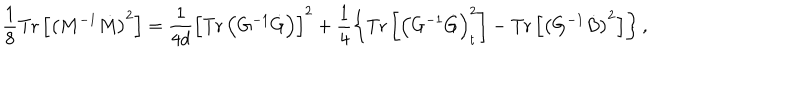
LaTeX: \frac { 1 } { 8 } \mathrm { T r } \left[ \left( M ^ { - 1 } \dot { M } \right) ^ { 2 } \right] = \frac { 1 } { 4 d } \left[ \mathrm { T r } \left( G ^ { - 1 } \dot { G } \right) \right] ^ { 2 } + \frac { 1 } { 4 } \left\{ \mathrm { T r } \left[ \left( G ^ { - 1 } \dot { G } \right) _ { t } ^ { 2 } \right] - \mathrm { T r } \left[ \left( G ^ { - 1 } \dot { B } \right) ^ { 2 } \right] \right\} ,